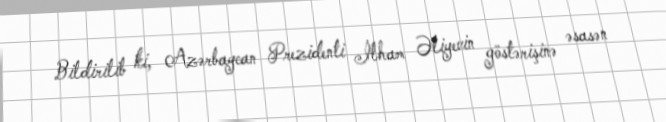
Bildirilib ki, Azərbaycan Prezidenti İlham Əliyevin göstərişinə əsasən